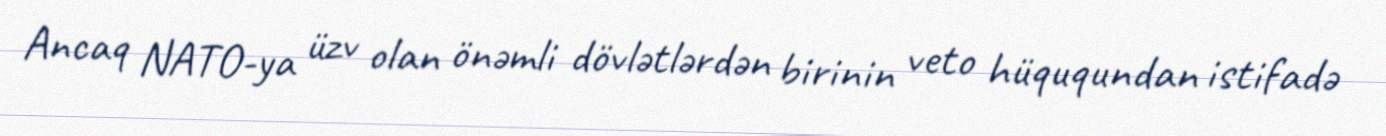
Ancaq NATO-ya üzv olan önəmli dövlətlərdən birinin veto hüququndan istifadə